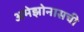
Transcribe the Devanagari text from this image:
अमेझोनासची